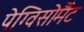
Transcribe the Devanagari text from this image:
पेग्विसोमैंट